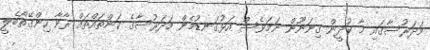
މަދަރުސާގައި މާ ކުދީން ގިނަނޫން ނަމަވެސް އަޅުގަނޑުމެން މަދަރުސާގެ ކަންތައްތައް ރާވާ ހިންގޭތޯބެލީ